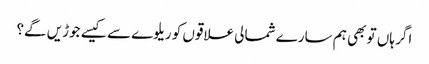
اگر ہاں تو بھی ہم سارے شمالی علاقوں کو ریلوے سے کیسے جوڑیں گے؟